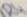
Text: R4